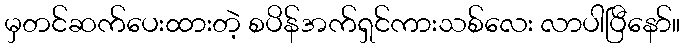
မှတင်ဆက်ပေးထားတဲ့ စပိန်အက်ရှင်ကားသစ်လေး လာပါပြီနော်။